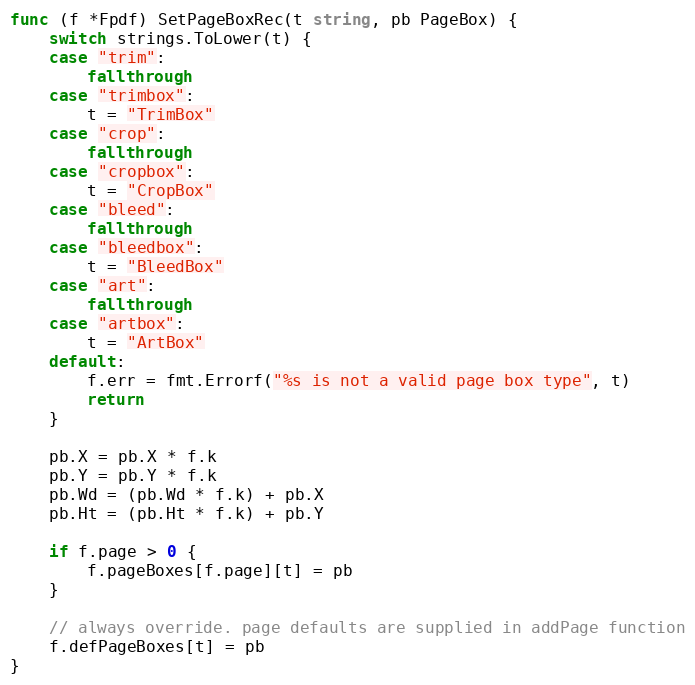
Language: Go
func (f *Fpdf) SetPageBoxRec(t string, pb PageBox) {
	switch strings.ToLower(t) {
	case "trim":
		fallthrough
	case "trimbox":
		t = "TrimBox"
	case "crop":
		fallthrough
	case "cropbox":
		t = "CropBox"
	case "bleed":
		fallthrough
	case "bleedbox":
		t = "BleedBox"
	case "art":
		fallthrough
	case "artbox":
		t = "ArtBox"
	default:
		f.err = fmt.Errorf("%s is not a valid page box type", t)
		return
	}

	pb.X = pb.X * f.k
	pb.Y = pb.Y * f.k
	pb.Wd = (pb.Wd * f.k) + pb.X
	pb.Ht = (pb.Ht * f.k) + pb.Y

	if f.page > 0 {
		f.pageBoxes[f.page][t] = pb
	}

	// always override. page defaults are supplied in addPage function
	f.defPageBoxes[t] = pb
}